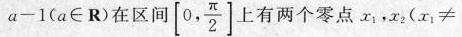
a - 1$$(a∈R)在区间[0,\frac{π}{2}]上有两个零点x_{1}，x_{2}($$x _ { 1 } ≠